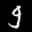
Label: 9